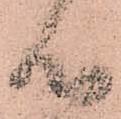
御